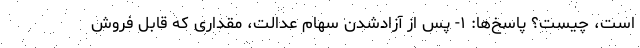
است، چیست؟ پاسخ‌ها: ۱- پس از آزادشدن سهام عدالت، مقداری که قابل فروش